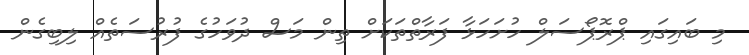
މި ބައިގައި ޕްރޮޕޯސަލް ހުށަހަޅާ ފަރާތްތަކަށް ތިން މަސް ދުވަހުގެ ފުރުސަތެއް ލިބިގެން